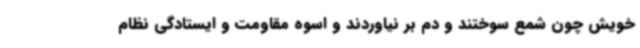
خویش چون شمع سوختند و دم بر نیاوردند و اسوه مقاومت و ایستادگی نظام